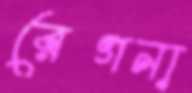
রেগনা